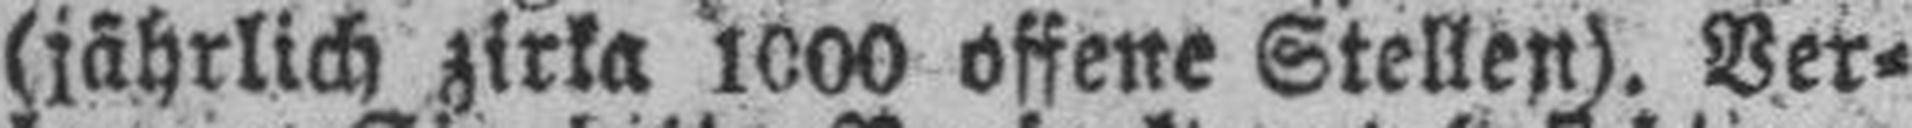
(jährlich zirka 1000 offene Stellen). Ver¬